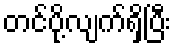
တင်ပို့လျက်ရှိပြီး